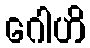
ဂေါဟိ